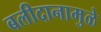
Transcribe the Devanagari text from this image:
बलीदानामुळे